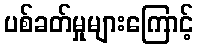
ပစ်ခတ်မှုများကြောင့်